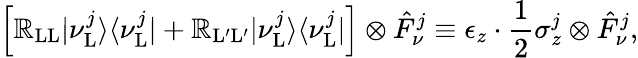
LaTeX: \Big[\mathbb{R}_{\mathrm{{LL}}}|\nu_{\mathrm{{L}}}^{j}\rangle\langle\nu_{\mathrm{{L}}}^{j}|+\mathbb{R}_{\mathrm{{L}}^{\prime}\mathrm{{L}}^{\prime}}|\nu_{\mathrm{{L}}}^{j}\rangle\langle\nu_{\mathrm{{L}}}^{j}|\Big]\otimes\hat{{F}}_{\nu}^{j}\equiv\epsilon_{z}\cdot\frac{{1}}{{2}}\sigma_{z}^{j}\otimes\hat{{F}}_{\nu}^{j},